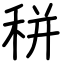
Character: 𥞩